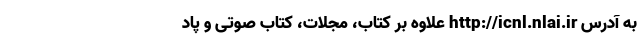
به آدرس http://icnl.nlai.ir علاوه بر کتاب، مجلات، کتاب صوتی و پاد